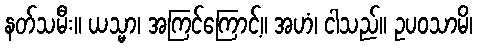
နတ်သမီး။ ယသ္မာ၊ အကြင်ကြောင့်။ အဟံ၊ ငါသည်။ ဥပဝသာမိ၊